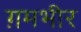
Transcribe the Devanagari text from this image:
ग़मभीर